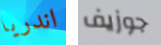
اندريا جوزيف